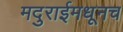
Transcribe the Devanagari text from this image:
मदुराईमधूनच